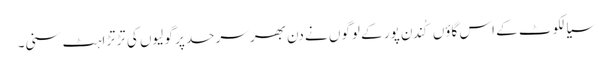
سیالکوٹ کے اس گاؤں کُندن پور کے لوگوں نے دن بھر سرحد پر گولیوں کی تڑتڑاہٹ سنی۔